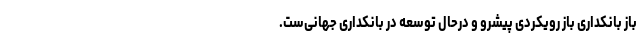
باز بانکداری باز رویکردی پیشرو و درحال ‌توسعه در بانکداری جهانی‌ست.